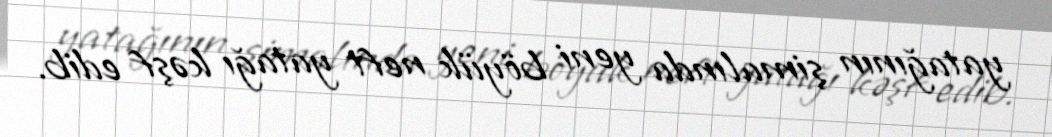
yatağının şimalında yeni böyük neft yatağı kəşf edib.